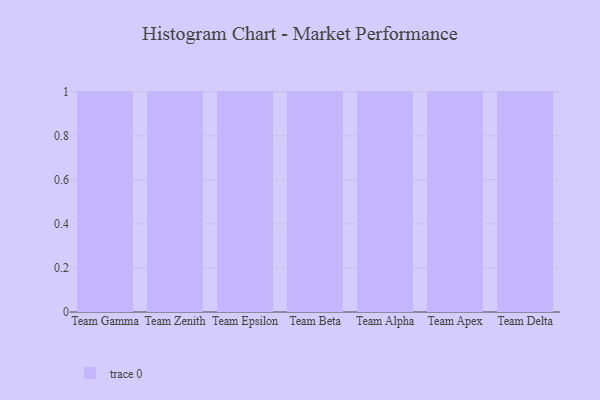
{"axis": {"x": "Team", "y": "Gross Profit (USD K)"}, "legend": [""], "data": [{"x": "Team Gamma", "y": 8, "type": ""}, {"x": "Team Zenith", "y": 12, "type": ""}, {"x": "Team Epsilon", "y": 27, "type": ""}, {"x": "Team Beta", "y": 62, "type": ""}, {"x": "Team Alpha", "y": 96, "type": ""}, {"x": "Team Apex", "y": 88, "type": ""}, {"x": "Team Delta", "y": 87, "type": ""}]}